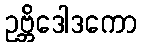
ဥဗ္ဘိဒေါဒကော